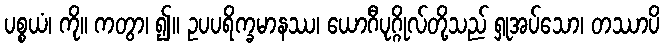
ပစ္စယံ၊ ကို။ ကတွာ၊ ၍။ ဥပပရိက္ခမာနဿ၊ ယောဂီပုဂ္ဂိုလ်တို့သည် ရှုအပ်သော၊ တဿာပိ